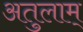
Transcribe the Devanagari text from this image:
अतुलाम्